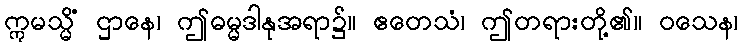
ဣမသ္မိံ ဌာနေ၊ ဤဓမ္မဒါနုအရာ၌။ ဧတေသံ၊ ဤတရားတို့၏။ ဝသေန၊